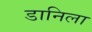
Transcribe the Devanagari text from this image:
डानिला